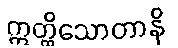
ဣတ္ထိသောတာနိ